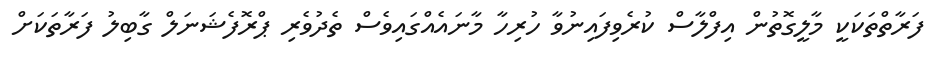
ފަރާތްތަކަކީ މާލީގޮތުން އިފްލާސް ކުރެވިފައިނުވާ ހުރިހާ މާނައެއްގައިވެސް ތެދުވެރި ޕްރޮފެޝަނަލް ގާބިލު ފަރާތަކަށް